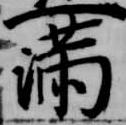
満